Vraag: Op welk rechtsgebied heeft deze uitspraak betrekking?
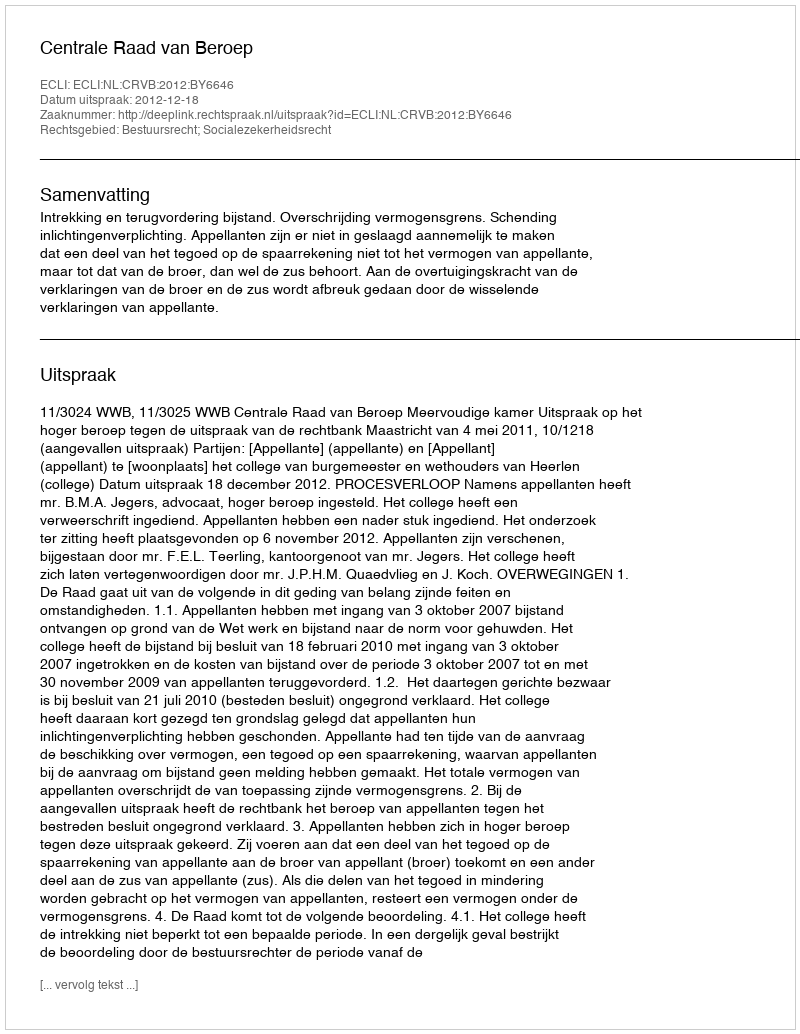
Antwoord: Bestuursrecht; Socialezekerheidsrecht